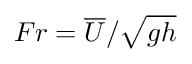
F r = \overline { { U } } / \sqrt { g h }